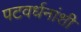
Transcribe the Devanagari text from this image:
पटवर्धनांशी